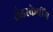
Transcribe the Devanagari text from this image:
लँडस्केपींग